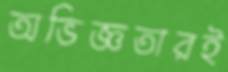
অভিজ্ঞতারই